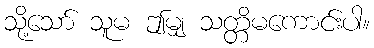
သို့သော် သူမ ဤမျှ သတ္တိမကောင်းပါ။